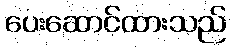
ပေးဆောင်ထားသည်